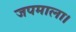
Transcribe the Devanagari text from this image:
जपमाला।